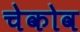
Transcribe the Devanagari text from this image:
चेकोव